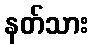
နတ်သား